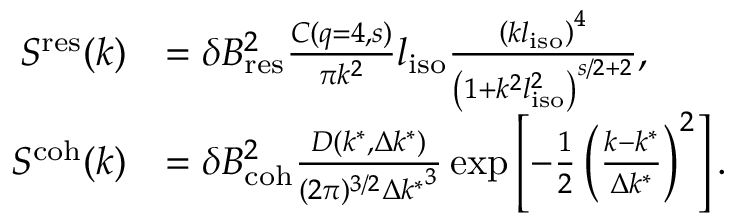
\begin{array} { r l } { S ^ { \mathrm { r e s } } ( k ) } & { = \delta B _ { \mathrm { r e s } } ^ { 2 } \frac { C ( q = 4 , s ) } { \pi k ^ { 2 } } l _ { \mathrm { i s o } } \frac { \left( k l _ { \mathrm { i s o } } \right) ^ { 4 } } { \left( 1 + k ^ { 2 } l _ { \mathrm { i s o } } ^ { 2 } \right) ^ { s / 2 + 2 } } , } \\ { S ^ { \mathrm { c o h } } ( k ) } & { = \delta B _ { \mathrm { c o h } } ^ { 2 } \frac { D ( k ^ { * } , \Delta k ^ { * } ) } { ( 2 \pi ) ^ { 3 / 2 } { \Delta k ^ { * } } ^ { 3 } } \exp \left[ { - \frac { 1 } { 2 } \left( \frac { k - k ^ { * } } { \Delta k ^ { * } } \right) ^ { 2 } } \right] . } \end{array}